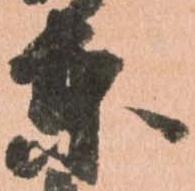
東